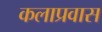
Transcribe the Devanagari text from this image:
कलाप्रवास